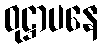
ဝုဋ္ဌာပနေ